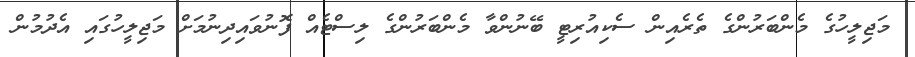
މަޖިލީހުގެ މެންބަރުންގެ ތެރެއިން ސެކިއުރިޓީ ބޭނުންވާ މެންބަރުންގެ ލިސްޓެއް ފޮނުވައިދިނުމަށް މަޖިލީހުގައި އެދުމުން